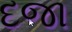
દજા